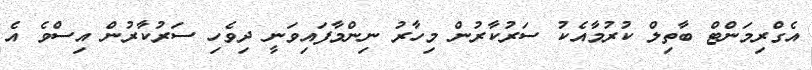
އެގްރިމަންޓް ބާތިލް ކުރުމާއެކު ސަރުކާރުން މިހާރު ނިންމާފައިވަނީ ދިވެހި ސަރުކާރުން އިސްވެ އެ